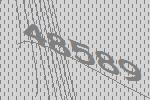
48589